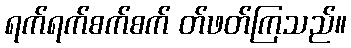
ရက်ရက်စက်စက် တ်ဖတ်ကြသည်။